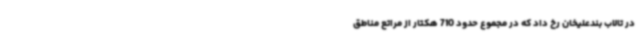
در تالاب بندعلیخان رخ داد که در مجموع حدود 710 هکتار از مراتع مناطق